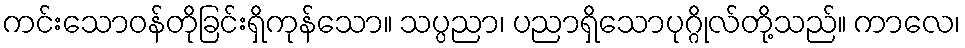
ကင်းသောဝန်တိုခြင်းရှိကုန်သော။ သပ္ပညာ၊ ပညာရှိသောပုဂ္ဂိုလ်တို့သည်။ ကာလေ၊